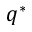
q ^ { * }